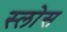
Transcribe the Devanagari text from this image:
स्लोस